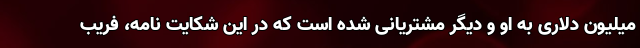
میلیون دلاری به او و دیگر مشتریانی شده است که در این شکایت نامه، فریب